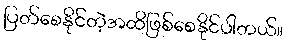
ပြတ်စေနိုင်တဲ့အထိဖြစ်စေနိုင်ပါတယ်။